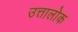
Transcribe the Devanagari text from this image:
उत्तालोक